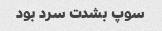
سوپ بشدت سرد بود